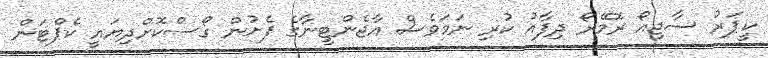
ކީޕަރު ސާޖިއޯ ރޮމޭރޯ ދިފާއު ކުރި ނަމަވެސް އާޖެންޓީނާގެ ފެށުން ގޯސްކޮށްދިޔައީ ކެޕްޓަން